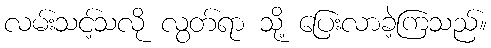
လမ်းသင့်သလို လွတ်ရာ သို့ ပြေးလာခဲ့ကြသည်။